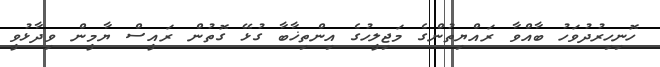
ހޮނިހިރުދުވަހު ބާއްވާ ރައްޔިތުންގެ މަޖިލީހުގެ އިންތިޚާބާ ގުޅޭ ގޮތުން ރައީސް ޔާމީން ވިދާޅުވީ